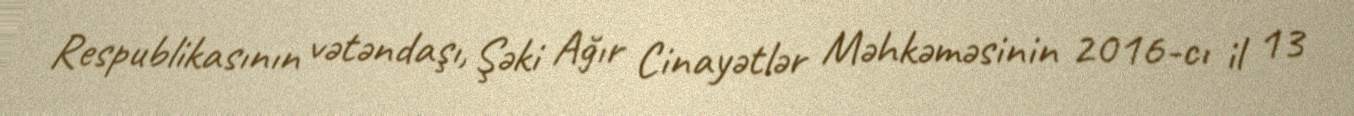
Respublikasının vətəndaşı, Şəki Ağır Cinayətlər Məhkəməsinin 2016-cı il 13